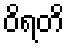
ဝိရတိ